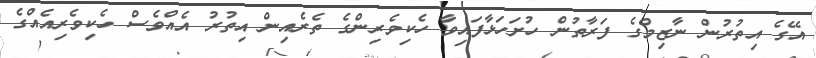
އޭގެ އިތުރުން ނާޒިމްގެ ފަރާތުން ހުށަހަޅާފައިވާ ހެކިވެރިންގެ ތެރެއިން އިތުރު އެއްވެސް ހެކިވެރިއެއްގެ